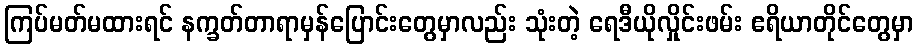
ကြပ်မတ်မထားရင် နက္ခတ်တာရာမှန်ပြောင်းတွေမှာလည်း သုံးတဲ့ ရေဒီယိုလှိုင်းဖမ်း ဧရိယာတိုင်တွေမှာ